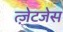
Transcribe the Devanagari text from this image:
त्ज़ेटजेस